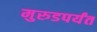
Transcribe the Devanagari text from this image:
मुरुडपर्यंत